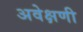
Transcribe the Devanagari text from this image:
अवेक्षणी